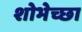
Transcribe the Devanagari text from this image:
शोभेच्छा